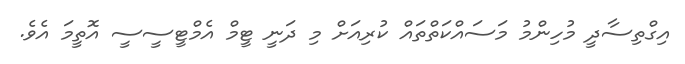
އިގްތިސާދީ މުހިންމު މަސައްކަތްތައް ކުރިއަށް މި ދަނީ ޓީމް އެމްޓީސީސީ އޮތީމަ އެވެ.